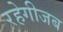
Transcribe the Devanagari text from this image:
रहेगीजब